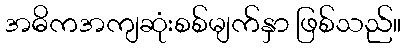
အဓိကအကျဆုံးစစ်မျက်နှာ ဖြစ်သည်။